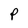
Character: P